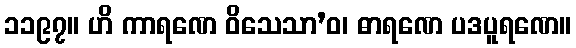
၁၁၉၇။ ဟိ ကာရဏေ ဝိသေသာ’ဝ၊ ဓာရဏေ ပဒပူရဏေ။